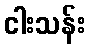
ငါးသန်း